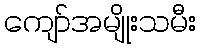
ကျော်အမျိုးသမီး